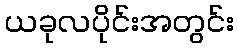
ယခုလပိုင်းအတွင်း